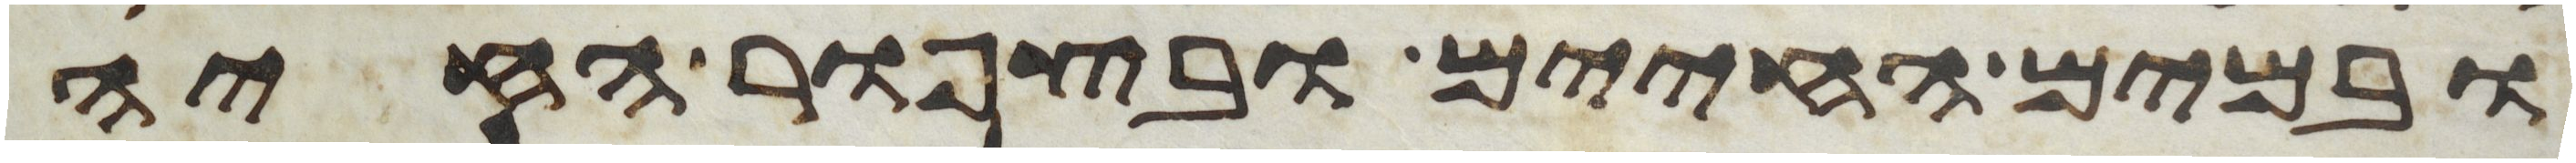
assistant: ובמים החיים ובצפור החיה